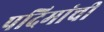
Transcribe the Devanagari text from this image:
पदिमांची